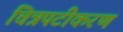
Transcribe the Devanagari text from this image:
चित्रपटीकरण